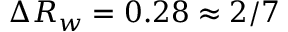
\Delta R _ { w } = 0 . 2 8 \approx 2 / 7